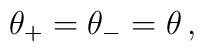
\:\theta _{+} = \theta _{-} = \theta \,,\: